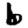
Digit: 6